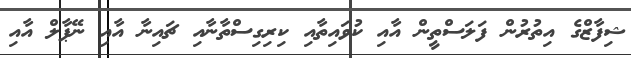
ޝިފާޒްގެ އިތުރުން ފަލަސްތީން އާއި ކުވައިތާއި ކިރިގިސްތާނާއި ޗައިނާ އާއި ނޭޕާލް އާއި